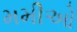
મમીઓ